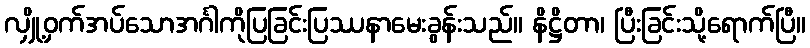
လျှို့ဝှက်အပ်သောအင်္ဂါကိုပြခြင်းပြဿနာမေးခွန်းသည်။ နိဋ္ဌိတာ၊ ပြီးခြင်းသို့ရောက်ပြီ။